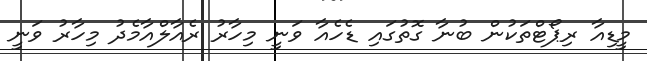
މީޑިއާ ރިޕޯޓްތަކުން ބުނާ ގޮތުގައި ޑެހެއާ ވަނީ މިހާރު ރެއާލްއާމެދު މިހާރު ވަނީ